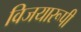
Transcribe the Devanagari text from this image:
विजयारूपी